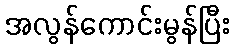
အလွန်ကောင်းမွန်ပြီး